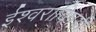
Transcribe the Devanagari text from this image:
ईश्वराविषयी